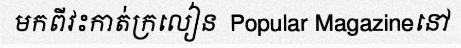
មកពីវះកាត់ក្រលៀន  Popular Magazineនៅ